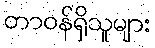
တာဝန်ရှိသူများ